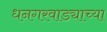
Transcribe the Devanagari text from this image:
धनगरवाड्याच्या